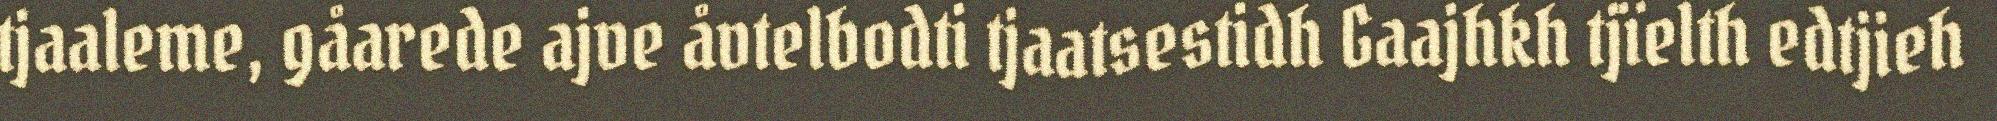
tjaaleme, gåarede ajve åvtelbodti tjaatsestidh Gaajhkh tjïelth edtjieh